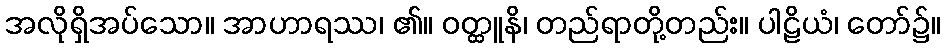
အလိုရှိအပ်သော။ အာဟာရဿ၊ ၏။ ဝတ္ထူနိ၊ တည်ရာတို့တည်း။ ပါဠိယံ၊ တော်၌။